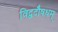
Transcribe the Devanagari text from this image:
विद्वदौषधम्